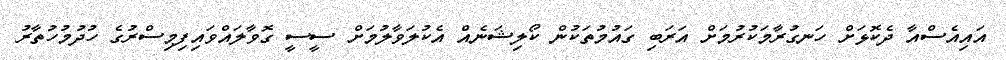
އައިއެސްއާ ދެކޮޅަށް ހަނގުރާމަކުރުމަށް އަރަބި ގައުމުތަކުން ކޯލިޝަނެއް އެކުލަވާލުމަށް ސީސީ ގޮވާލައްވައިފިމިސްރުގެ ހުދުމުހުތާރު